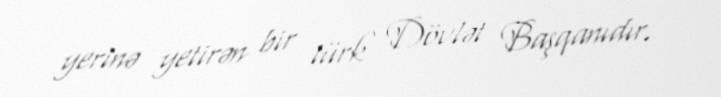
yerinə yetirən bir türk Dövlət Başqanıdır.